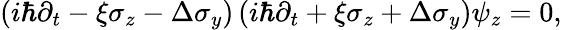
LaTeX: \begin{array}{r}{\left(i\hbar\partial_{t}-\xi\sigma_{z}-\Delta\sigma_{y}\right)\left(i\hbar\partial_{t}+\xi\sigma_{z}+\Delta\sigma_{y}\right)\psi_{z}=0,}\end{array}